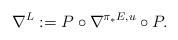
LaTeX: \begin{align*}\nabla^L:=P\circ\nabla^{\pi_*E, u}\circ P.\end{align*}